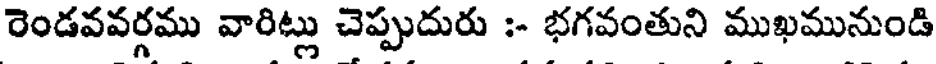
రెండవవర్గము వారిట్లు చెప్పుదురు :- భగవంతుని ముఖమునుండి